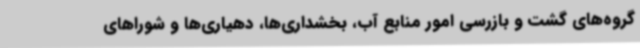
گروه‌های گشت و بازرسی امور منابع آب، بخشداری‌ها، دهیاری‌ها و شوراهای